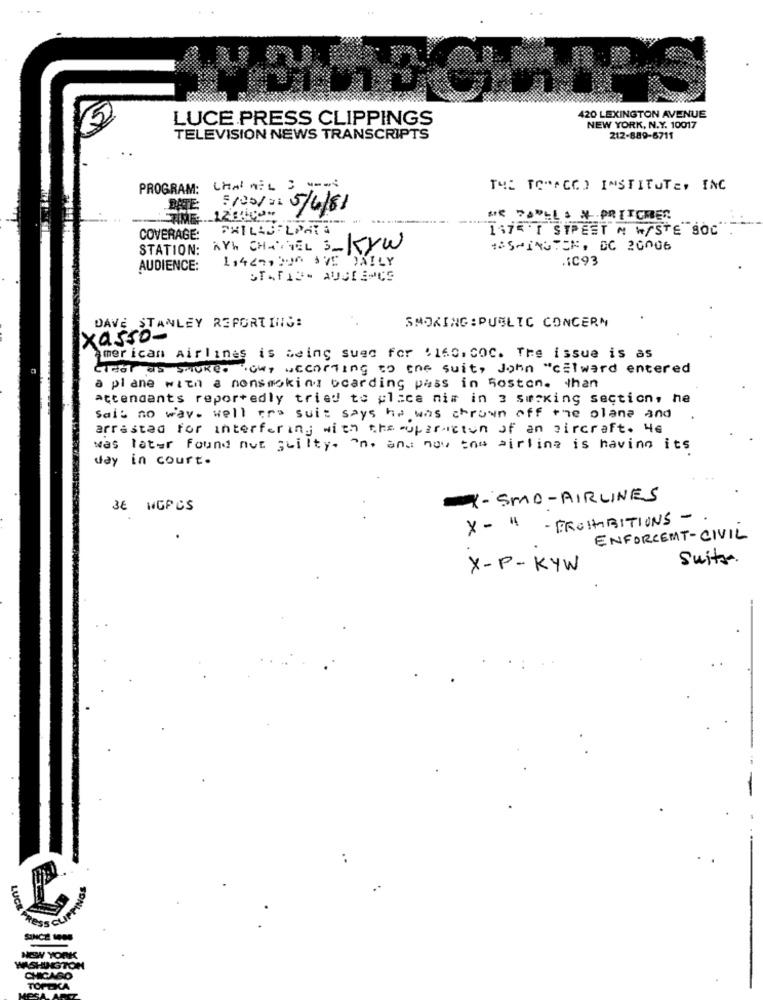
LUCE PRESS CLIPPINGS
420 LEXINGTON AVENUE
NEW YORK, N.Y. 10017
TELEVISION NEWS TRANSCRIPTS
212-889-5711
PROGRAM:
CHANEL = ===
THE TC"ACCO INSTITUTE, INC
DATE:
5/00/2: 5/6/81
TIME: 12800"
SIR DODLLS & PRITCHER
1175 'I STREET N W/STE 80C"
COVERAGE:
STATION: AYh CHASTEL S_KYW
15MINUTER, DC 20006
11447,316 AVE DAILY
IC93
AUDIENCE:
STAFIN- AUDIENCE
SMOKING : PUBLIC CONCERN
DAVE STANLEY REPORTING:
xasso-
american Airlines is being sueg for .160, COC. Tre issue is as
Gical as Smoke. "owy according to the suit, John "cilward entered
a plane with a nonsmoking ocarding pass in boston. than
attendants reportedly tried to place nim in 3 smoking section, he
Sall no way. well tre suit says he was thrown off the plane and
arrested for interfering with the supermcton of an aircraft. He
was later found not guilty. ^n. and now the airline is having its
day in court .
X- SMO-AIRLINES
3€ WGPCS
X-" - PROHIBITIONS -
ENFORCEMT-CIVIL
Suits.
X-P-KYW
LUCE
SINCE-
NOWW YORK
WASHINGTON
CHICAGO
TOPEKA